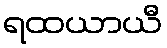
ရထယာယီ